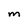
Character: M